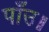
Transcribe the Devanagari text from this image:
पाँउ॥